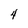
Character: 4